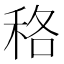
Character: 䅂